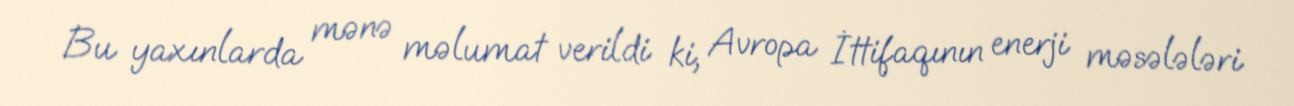
Bu yaxınlarda mənə məlumat verildi ki, Avropa İttifaqının enerji məsələləri